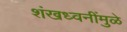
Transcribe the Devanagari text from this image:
शंखध्वनींमुळे